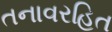
તનાવરહિત